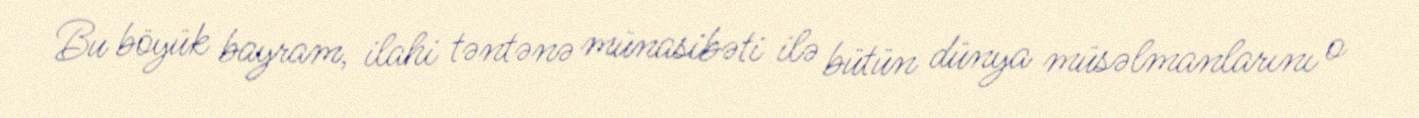
Bu böyük bayram, ilahi təntənə münasibəti ilə bütün dünya müsəlmanlarını o